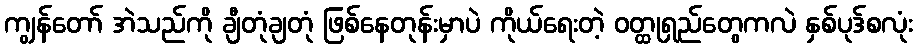
ကျွန်တော် အဲသည်ကို ချီတုံချတုံ ဖြစ်နေတုန်းမှာပဲ ကိုယ်ရေးတဲ့ ဝတ္ထုရှည်တွေကလဲ နှစ်ပုဒ်စလုံး